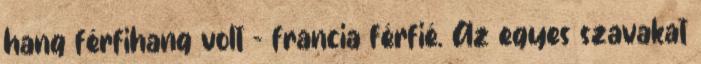
hang férfihang volt - francia férfié. Az egyes szavakat